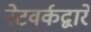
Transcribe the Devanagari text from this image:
नेटवर्कद्वारे